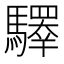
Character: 𩦯